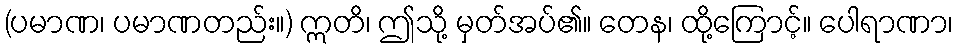
(ပမာဏ၊ ပမာဏတည်း။) ဣတိ၊ ဤသို့ မှတ်အပ်၏။ တေန၊ ထို့ကြောင့်။ ပေါရာဏာ၊